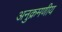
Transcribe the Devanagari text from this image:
अनुक्रमणीय